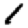
Digit: 1